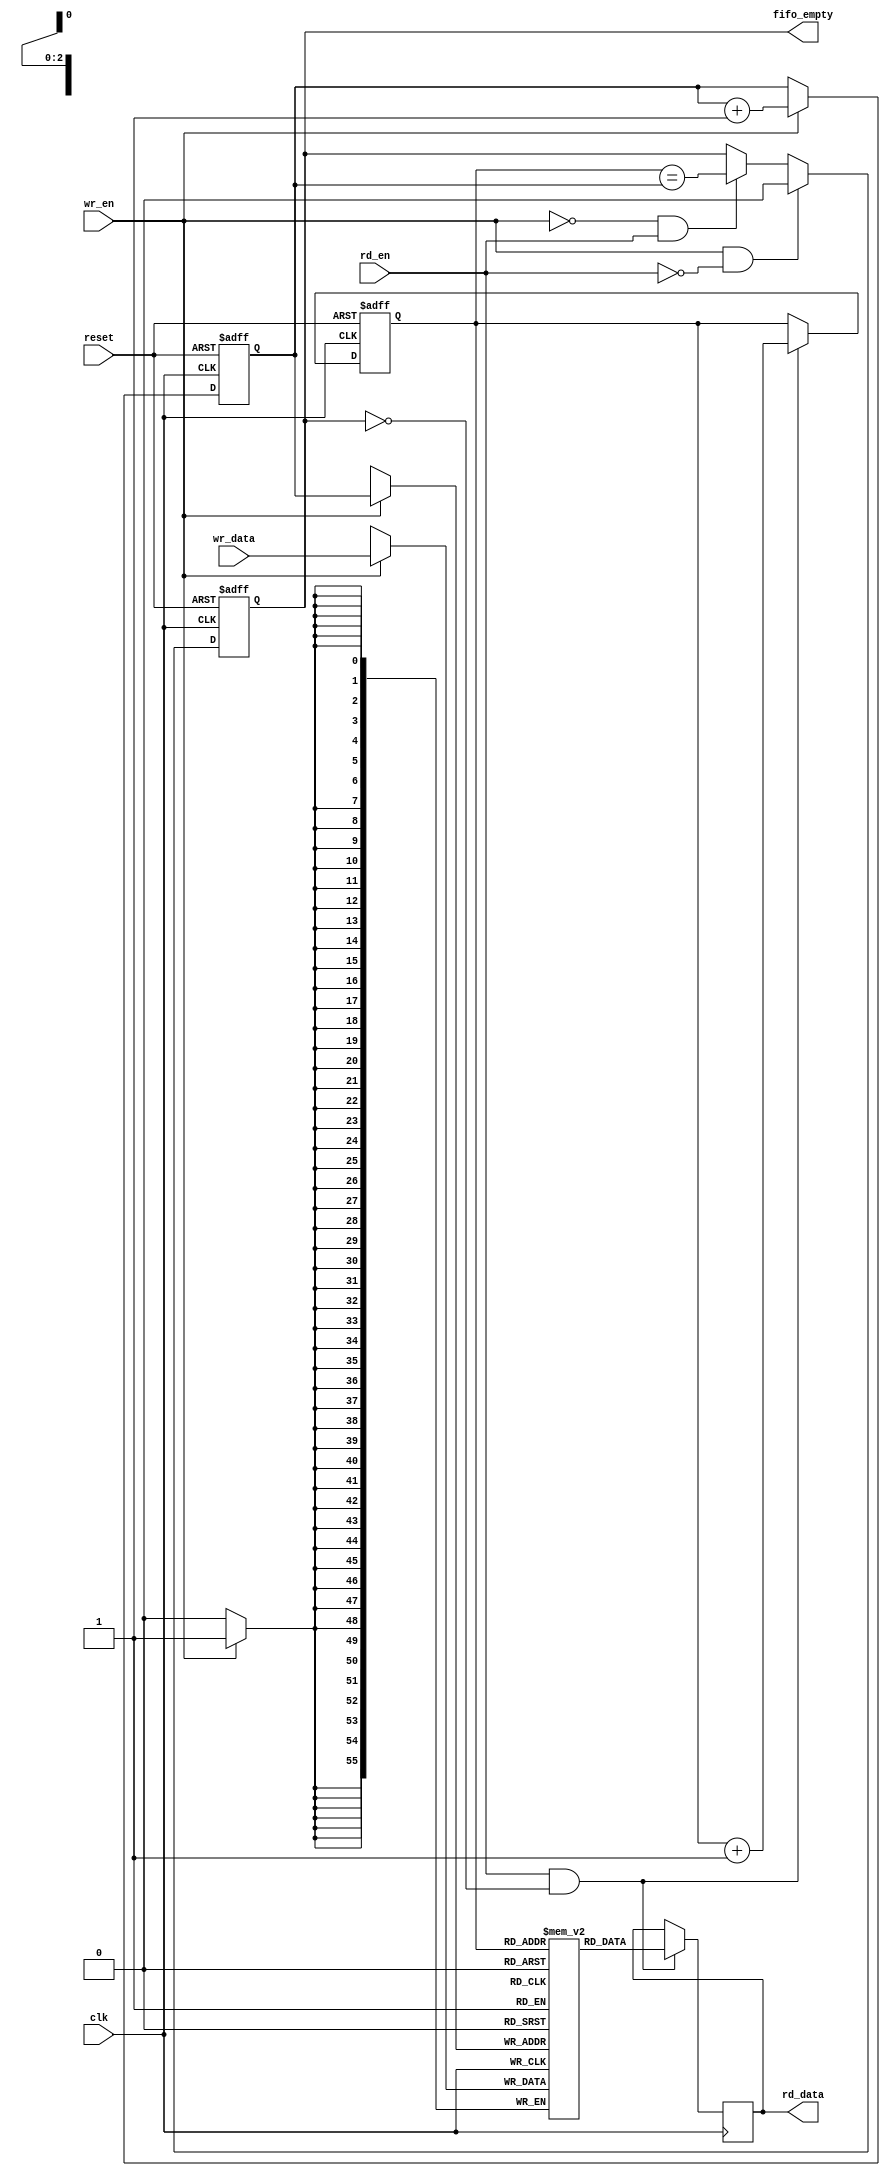
module fifo_8x56 (
    input wire clk,
    input wire reset,
    input wire wr_en,
    input wire rd_en,
    input wire [55:0] wr_data,
    output reg [55:0] rd_data,
    output reg fifo_empty
);
    reg [55:0] fifo [7:0];
    reg [2:0] wr_ptr = 0;
    reg [2:0] rd_ptr = 0;

    always @(posedge clk or posedge reset) begin
        if (reset) begin
            wr_ptr <= 0;
            rd_ptr <= 0;
        end else begin
            if (wr_en)
                wr_ptr <= wr_ptr + 1;
            if (rd_en && !fifo_empty)
                rd_ptr <= rd_ptr + 1;
        end
    end

    always @(posedge clk) begin
        if (wr_en)
            fifo[wr_ptr] <= wr_data;
        if (rd_en && !fifo_empty)
            rd_data <= fifo[rd_ptr];
    end

    always @(posedge clk or posedge reset) begin
        if (reset)
            fifo_empty <= 1;
        else if (wr_en && !rd_en)
            fifo_empty <= 0;
        else if (!wr_en && rd_en)
            fifo_empty <= (rd_ptr == wr_ptr);
    end
endmodule